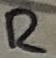
Text: R